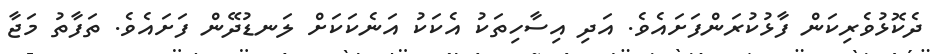
ދެކޮޅުވެރިކަން ފާޅުކުރަންފަށައެވެ. އަދި އިސާހިތަކު އެކަކު އަނެކަކަށް ލަނޑުދޭން ފަށައެވެ. ތަފާތު މަޖާ